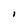
Character: I